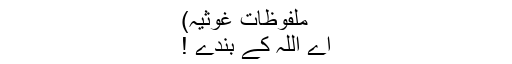
ملفوظاتِ غوثیہ)
اے اللہ کے بندے !